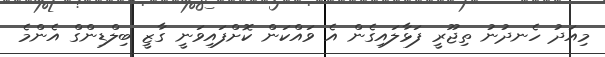
މިއަދު ހެނދުނު ތިޖޫރީ ފަޅާލައިގެން އެ ވައްކަން ކޮށްފައިވަނީ ގާޒީ ބިލްޑިންގް އެންމެ